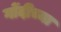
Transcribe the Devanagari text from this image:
गोंदीच्या